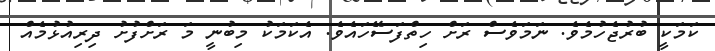
ކަމަކީ ބުރުޖެހުމެވެ. ނަމަވެސް ރަށް ހިތްފަސޭހައެވެ. އެކަމަކު މިބުނީ މަ ރަށްފުށު ދިރިއުޅުމެއް